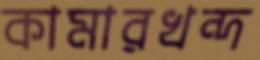
কামারখন্দ